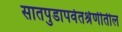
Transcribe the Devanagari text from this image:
सातपुडापर्वतश्रेणीतील